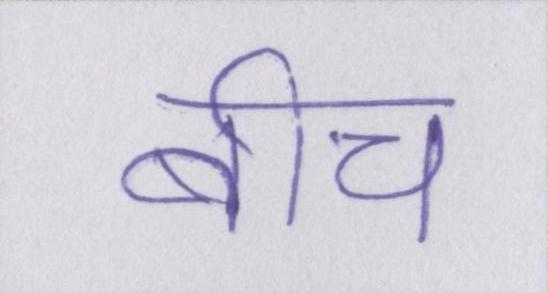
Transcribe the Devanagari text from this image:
बीच